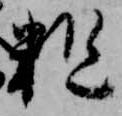
粗